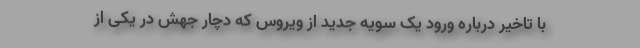
با تاخیر درباره ورود یک سویه جدید از ویروس که دچار جهش در یکی از